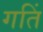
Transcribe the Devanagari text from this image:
गतिं